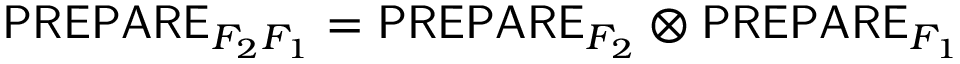
\mathsf { P R E P A R E } _ { F _ { 2 } F _ { 1 } } = \mathsf { P R E P A R E } _ { F _ { 2 } } \otimes \mathsf { P R E P A R E } _ { F _ { 1 } }